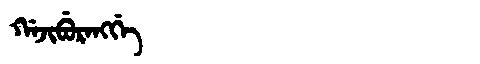
Manchu: ᡤᠠᠵᡳᠪᡠᡵᠠᠩᡤᡝ
Romanization: GAJIBURANGGE